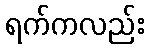
ရက်ကလည်း